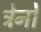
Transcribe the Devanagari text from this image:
ट्रेनोँ